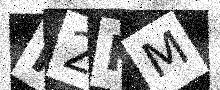
Text: F2KM